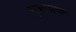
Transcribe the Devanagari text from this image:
सुभालष्कर